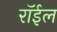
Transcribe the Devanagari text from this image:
रॉईल